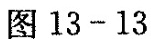
图13-13